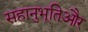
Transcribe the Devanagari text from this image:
सहानुभूतिऔर